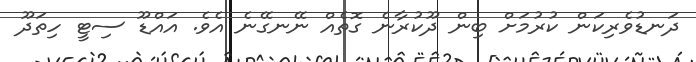
ދަނޑުވެރިކަން ކުރުމަށް ބިން ދޫކުރާނެ ގޮތެއް ނޭނގޭނެ އެވެ. އައްޑޫ ސިޓީ ހިތަދޫ